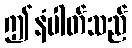
ဤနံပါတ်သည်